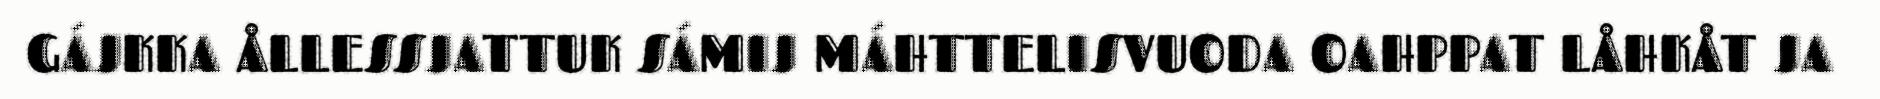
GÁJKKA ÅLLESSJATTUK SÁMIJ MÁHTTELISVUODA OAHPPAT LÅHKÅT JA